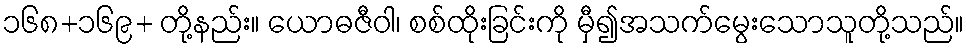
၁၆၈+၁၆၉+ တို့နည်း။ ယောဓဇီဝါ၊ စစ်ထိုးခြင်းကို မှီ၍အသက်မွေးသောသူတို့သည်။